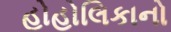
હોહોલિકાનો